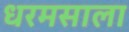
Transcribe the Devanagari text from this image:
धरमसाला